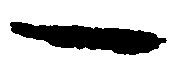
一